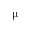
\upmu